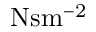
\mathrm { N s m ^ { - 2 } }